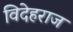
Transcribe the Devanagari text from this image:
विदेहराज